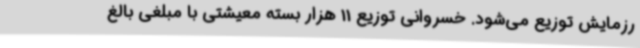
رزمایش توزیع می‌شود. خسروانی توزیع 11 هزار بسته معیشتی با مبلغی بالغ